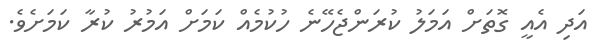
އަދި އެއީ ގޮތަށް އަމަލު ކުރަންޖެހޭނެ ހުކުމެއް ކަމަށް އަމުރު ކުރާ ކަމަށެވެ.